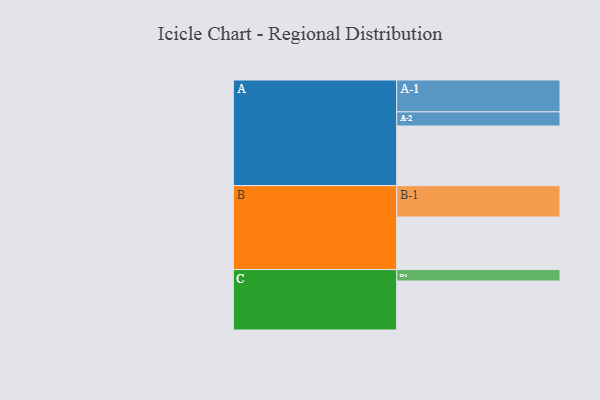
{"axis": {"x": "Segment", "y": "Value"}, "legend": ["", "A", "B", "C"], "data": [{"x": "A", "y": 376, "type": ""}, {"x": "B", "y": 331, "type": ""}, {"x": "C", "y": 309, "type": ""}, {"x": "A-1", "y": 201, "type": "A"}, {"x": "A-2", "y": 89, "type": "A"}, {"x": "B-1", "y": 198, "type": "B"}, {"x": "C-1", "y": 72, "type": "C"}]}